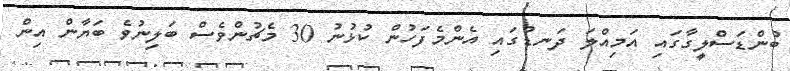
ބުންޑަސްލީގާގައި އަމިއްލަ ދަނޑުގައި އެންމެފަހުން ކުޅުނު 30 މެޗުންވެސް ބަލިނުވެ ބަޔާން އިން